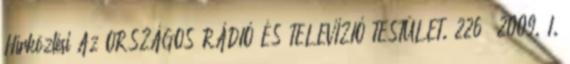
Hírközlési Az ORSZÁGOS RÁDIÓ ÉS TELEVÍZIÓ TESTÜLET. 226 2009. I.